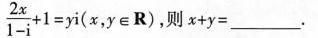
$$\frac { 2 x } { 1 - i } + 1 = y i$$ ( x , y \in R )$$,则x+y=___.